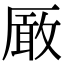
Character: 𠪚